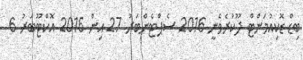
ބިޑް ޑޮކިއުމަންޓް ދޫކުރެވެނީ 2016 ސެެޕްޓެންބަރު 27 އިން 2016 އޮކްޓޫބަރު 6